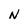
Character: N